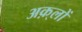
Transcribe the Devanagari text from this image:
अक़्लों